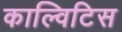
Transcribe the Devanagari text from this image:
काल्विटिस